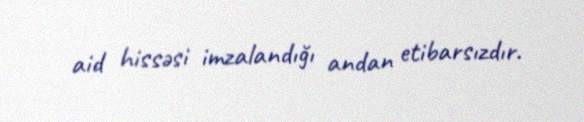
aid hissəsi imzalandığı andan etibarsızdır.